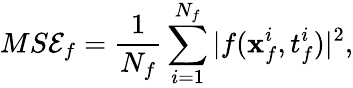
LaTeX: MS\mathcal{E}_{f}=\frac{{1}}{{N_{f}}}\sum_{i=1}^{N_{f}}|f(\mathbf{{x}}_{f}^{i},t_{f}^{i})|^{2},